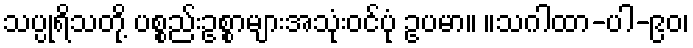
သပ္ပုရိသတို့ ပစ္စည်းဥစ္စာများအသုံးဝင်ပုံ ဥပမာ။ ။သဂါထာ-ပါ-၉၀၊